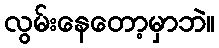
လွမ်းနေတော့မှာဘဲ။